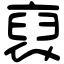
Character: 裒